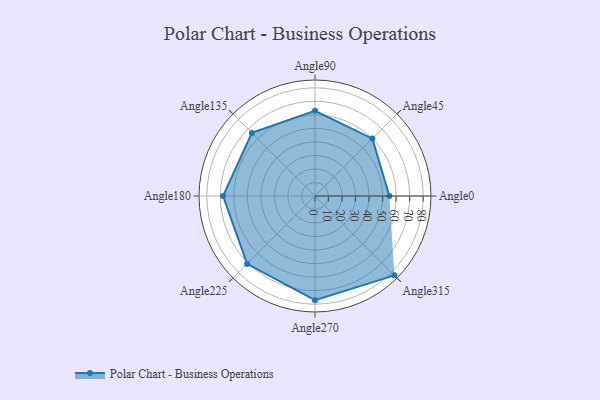
{"axis": {"x": "Angle", "y": "Radius"}, "legend": [""], "data": [{"x": "Angle0", "y": 55.0, "type": ""}, {"x": "Angle45", "y": 60.0, "type": ""}, {"x": "Angle90", "y": 63.0, "type": ""}, {"x": "Angle135", "y": 66.0, "type": ""}, {"x": "Angle180", "y": 68.0, "type": ""}, {"x": "Angle225", "y": 71.0, "type": ""}, {"x": "Angle270", "y": 77.0, "type": ""}, {"x": "Angle315", "y": 83.0, "type": ""}]}